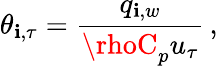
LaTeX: \theta_{\mathbf{i},\tau}=\frac{{q_{\mathbf{i},w}}}{{\rhoC_{p}u_{\tau}}}\, ,